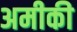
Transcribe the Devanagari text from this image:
अमीकी